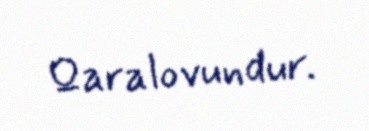
Qaralovundur.